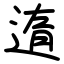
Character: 遀